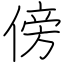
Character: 傍